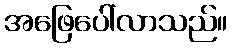
အဖြေပေါ်လာသည်။